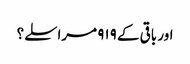
اور باقی کے ۹۱۹ مراسلے؟